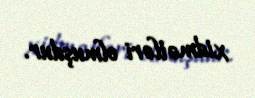
xidmətləri olmuşdur.